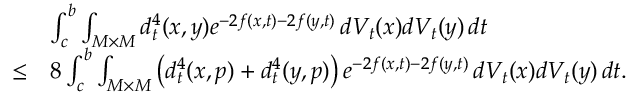
\begin{array} { r l } & { \int _ { c } ^ { b } \int _ { M \times M } d _ { t } ^ { 4 } ( x , y ) e ^ { - 2 f ( x , t ) - 2 f ( y , t ) } \, d V _ { t } ( x ) d V _ { t } ( y ) \, d t } \\ { \le } & { 8 \int _ { c } ^ { b } \int _ { M \times M } \left( d _ { t } ^ { 4 } ( x , p ) + d _ { t } ^ { 4 } ( y , p ) \right) e ^ { - 2 f ( x , t ) - 2 f ( y , t ) } \, d V _ { t } ( x ) d V _ { t } ( y ) \, d t . } \end{array}